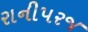
રાનીપરજ